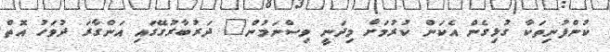
ކުންފުނިތަކާ ގުޅިގެން އެކަން ކުރުމަށް މިދަނީ ވިސްނަމުން" ދަރުބާރުގޭގައި އަންގާރަ ދުވަހު އޮތް